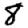
Digit: 8